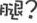
腿？